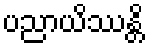
ပညာယိဿန္တိ